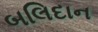
બલિદાન